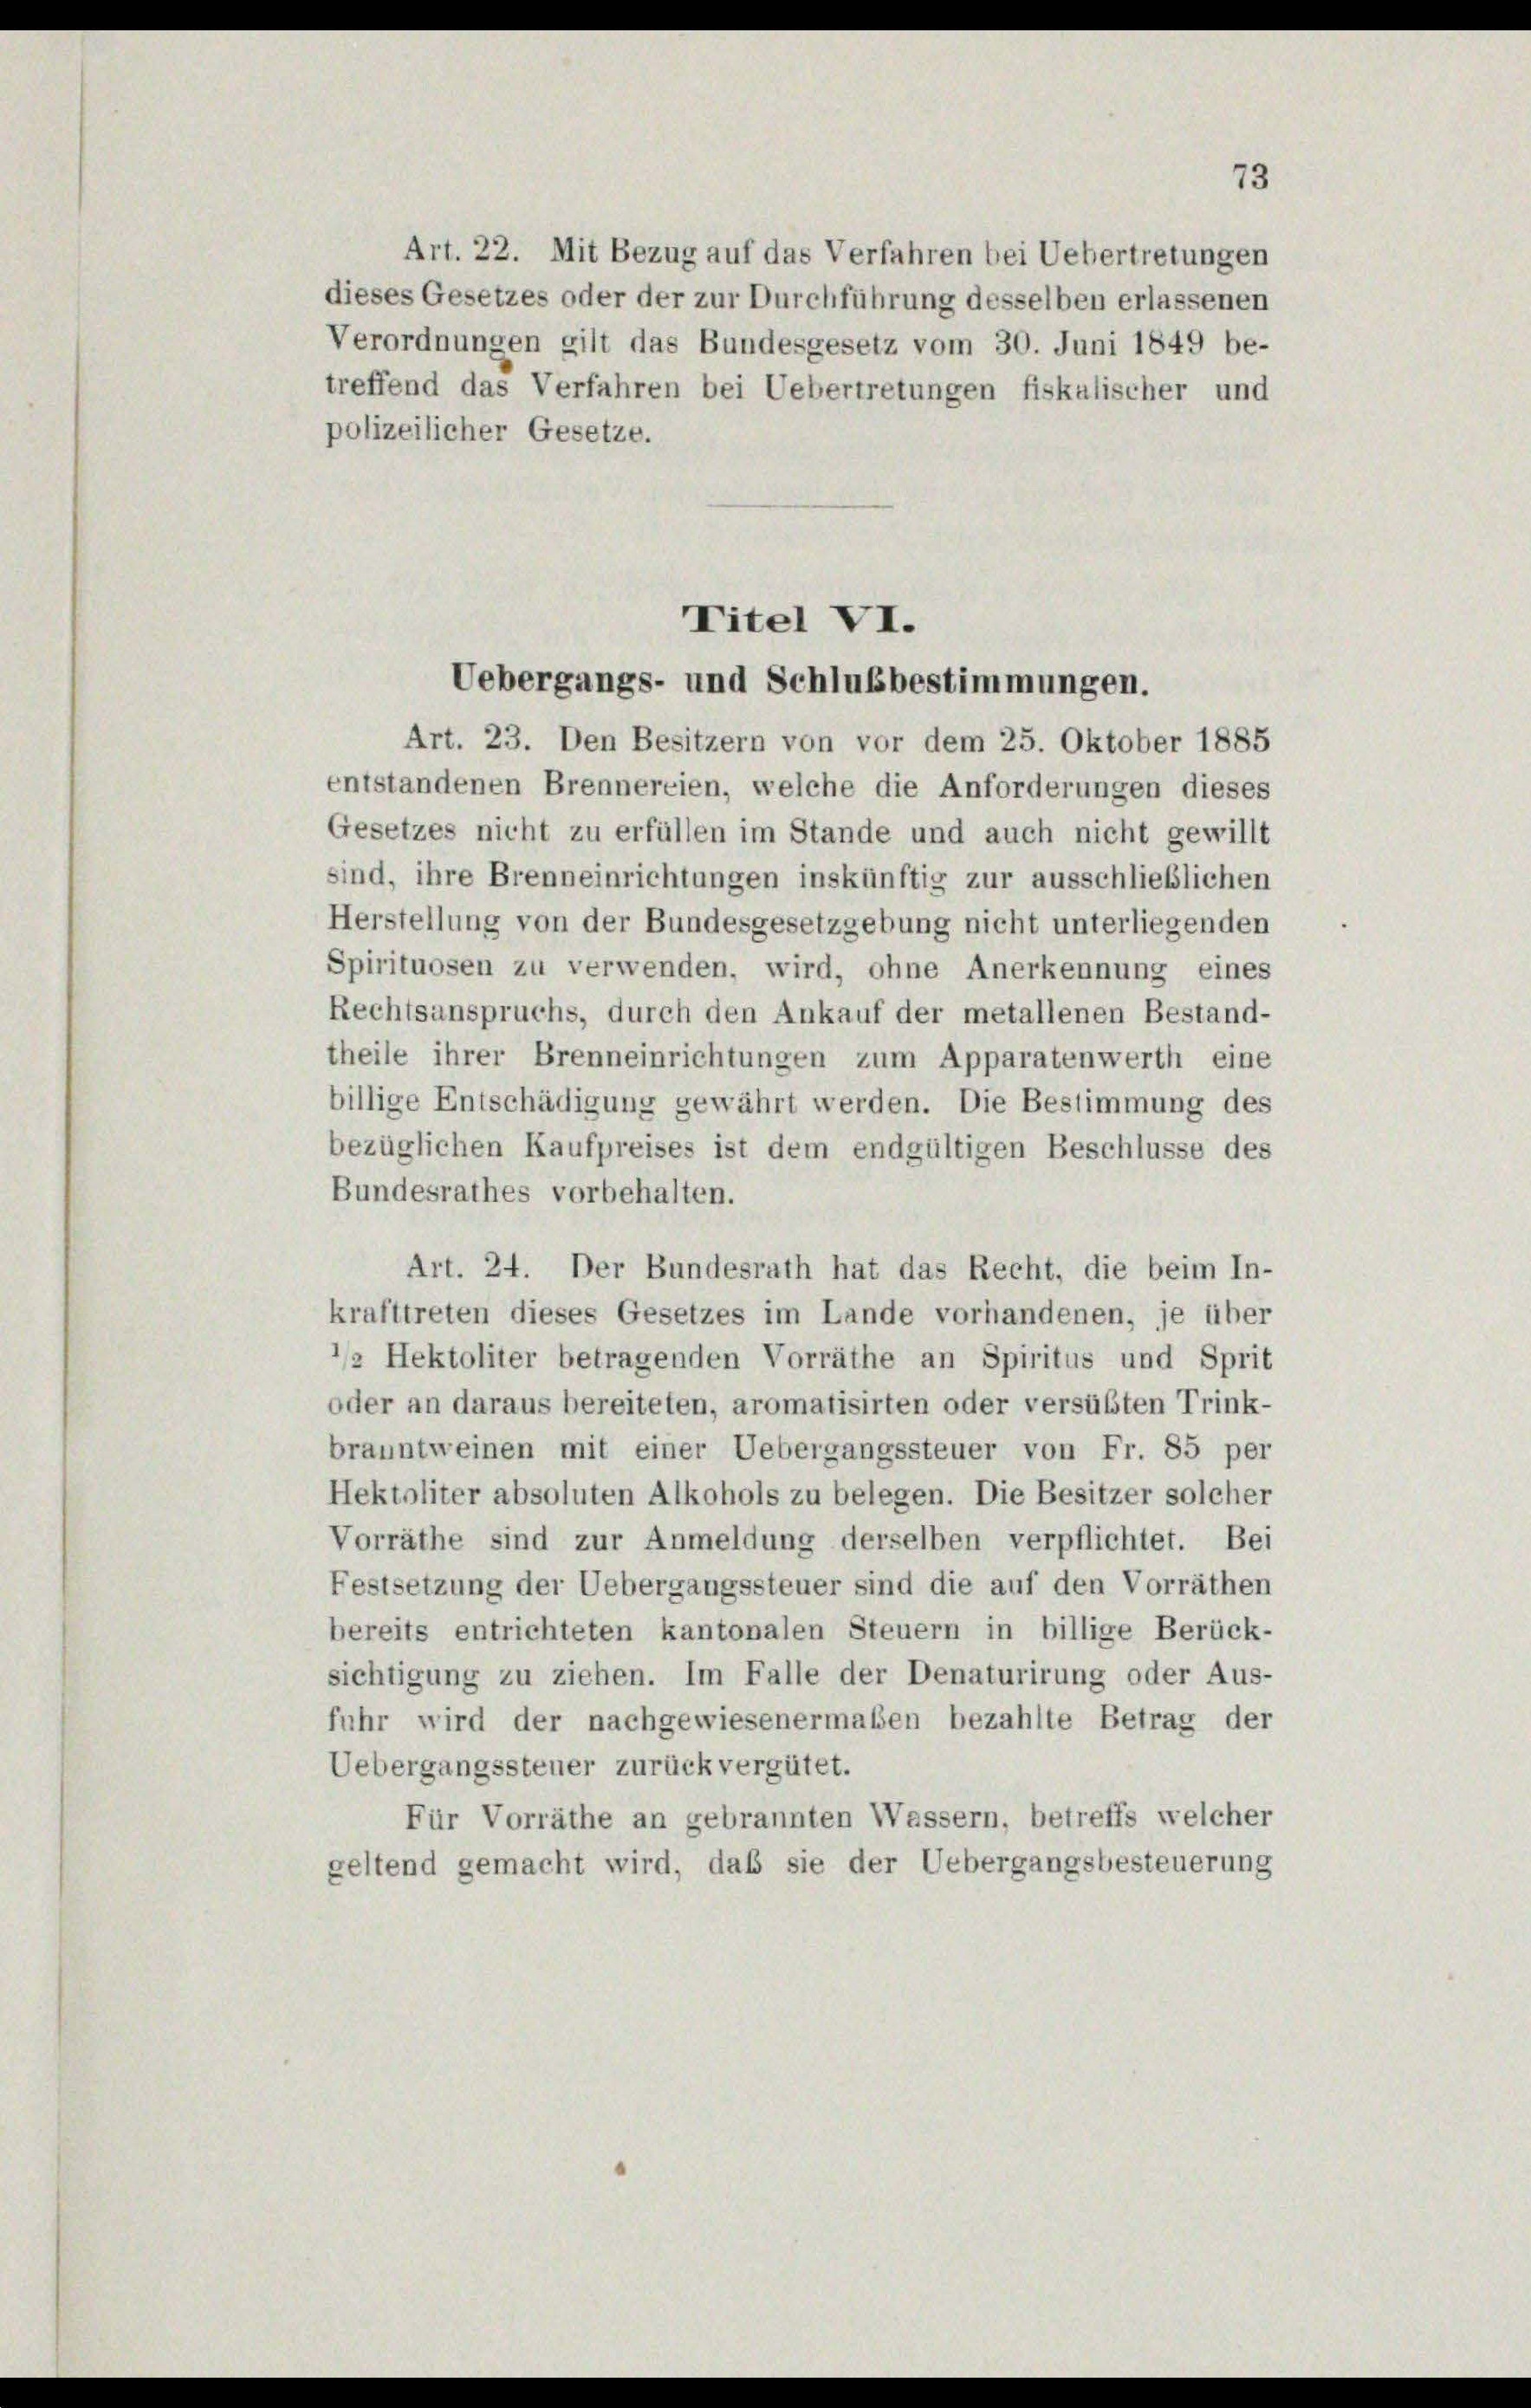
Verordnungen gilt das Bundesgesetz vom 30. Juni 1849 be-
treffend das Verfahren bei Uebertretungen fiskalischer und
polizeilicher Gesetze.

entstandenen Brennereien, welche die Anforderungen dieses
Gesetzes nicht zu erfüllen im Stande und auch nicht gewillt
sind, ihre Brenneinrichtungen inskünftig zur ausschließlichen
Herstellung von der Bundesgesetzgebung nicht unterliegenden
Spirituosen zu verwenden, wird, ohne Anerkennung eines
Rechtsanspruchs, durch den Ankauf der metallenen Bestand-
theile ihrer Brenneinrichtungen zum Apparatenwerth eine
billige Entschädigung gewährt werden. Die Bestimmung des
bezüglichen Kaufpreises ist dem endgültigen Beschlüsse des
Bundesrathes vorbehalten.
Art. 24. Der Bundesrath hat das Recht, die beim In-
krafttreten dieses Gesetzes im Lande vorhandenen, je über
/ Hektoliter betragenden Vorräthe an Spiritus und Sprit
oder an daraus bereiteten, aromatisirten oder versübten Trink-
branntweinen mit einer Uebergangssteuer von Fr. 85 per
Hektoliter absoluten Alkohols zu belegen. Die Besitzer solcher
Vorräthe sind zur Anmeldung derselben verpflichtet. Bei
Festsetzung der Uebergangssteuer sind die auf den Vorräthen
bereits entrichteten kantonalen Steuern in billige Berück-
sichtigung zu ziehen. Im Falle der Denaturirung oder Aus-
fuhr wird der nachgewiesenermaßen bezahlte Betrag der
Uebergangssteuer zurück vergütet.
Für Vorräthe an gebrannten Wassern, betreffs welcher
geltend gemacht wird, daß sie der Uebergangsbesteuerung

Art. 22. Mit Bezug auf das Verfahren bei Uebertretungen
dieses Gesetzes oder der zur Durchführung desselben erlassenen

Titel VI.
Uebergangs- und Schlußbestimmungen.
Art. 23. Den Besitzern von vor dem 25. Oktober 1885

73